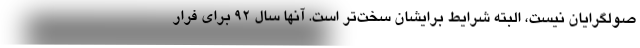
صولگرایان نیست، البته شرایط برایشان سخت‌تر است. آنها سال ۹۲ برای فرار